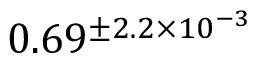
0 . 6 9 ^ { \pm 2 . 2 \times 1 0 ^ { - 3 } }